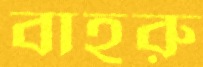
বাহরু